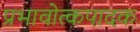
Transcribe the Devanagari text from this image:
प्रभावोत्कपादक